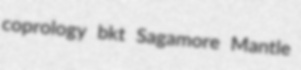
coprology bkt Sagamore Mantle